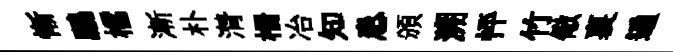
慚鵬櫺漸朴潸栅冶知患頒溯怦竹儆裏遍